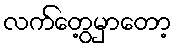
လက်တွေ့မှာတော့